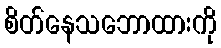
စိတ်နေသဘောထားကို